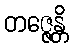
တဇ္ဇေန္တိ